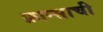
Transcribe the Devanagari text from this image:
फ्रान्साची